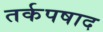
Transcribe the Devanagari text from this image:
तर्कपषाद